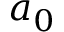
a _ { 0 }